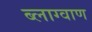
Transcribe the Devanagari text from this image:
ब्लाग्वाण